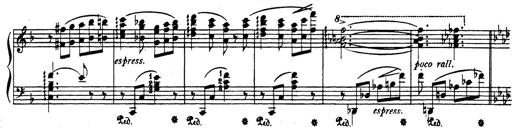
Title: Rhapsodie espagnole
Composer: Franz Liszt